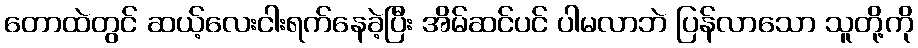
တောထဲတွင် ဆယ့်လေးငါးရက်နေခဲ့ပြီး အိမ်ဆင်ပင် ပါမလာဘဲ ပြန်လာသော သူတို့ကို